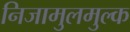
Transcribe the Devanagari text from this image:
निजामुलमुल्क